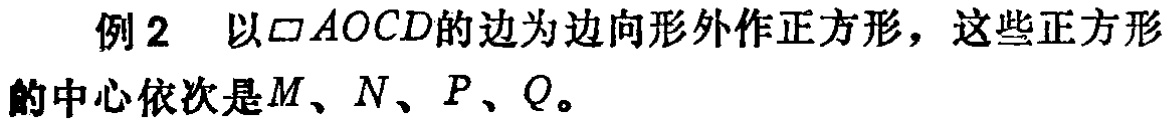
例2 以$\square AOCD$的边为边向形外作正方形，这些正方形的中心依次是$M$、$N$、$P$、$Q$。